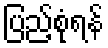
ပြည့်စုံရန်